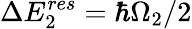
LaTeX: \Delta E_{2}^{res}=\hbar\Omega_{2}/2